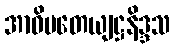
အာဓိပတေယျဋ္ဌနိဒ္ဒသ